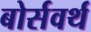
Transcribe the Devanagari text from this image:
बोर्सवर्थ